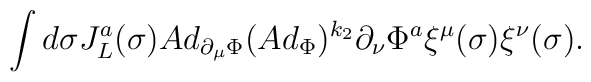
\int d\sigma  J_L^a(\sigma) Ad_{\partial_\mu \Phi}(Ad_\Phi)^{k_2}\partial_\nu\Phi^a \xi^\mu(\sigma)\xi^\nu(\sigma).